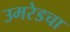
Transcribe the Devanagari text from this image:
उमरेडचा